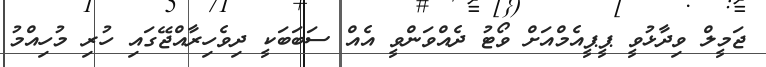
ޖަމީލް ވިދާޅުވީ ޕީޕީއެމްއަށް ވޯޓު ދެއްވަންވީ އެއް ސަބަބަކީ ދިވެހިރާއްޖޭގައި ހުރި މުހިއްމު